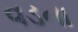
વડના